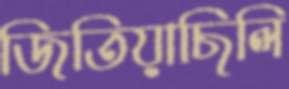
জিতিয়াছিলি